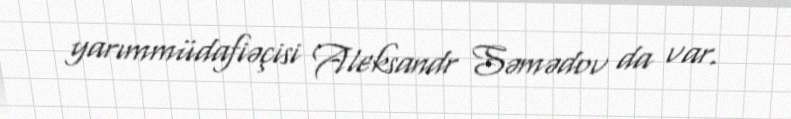
yarımmüdafiəçisi Aleksandr Səmədov da var.